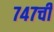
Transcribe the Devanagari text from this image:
७४७ची